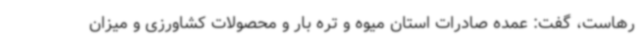
رهاست، گفت: عمده صادرات استان میوه و تره بار و محصولات کشاورزی و میزان